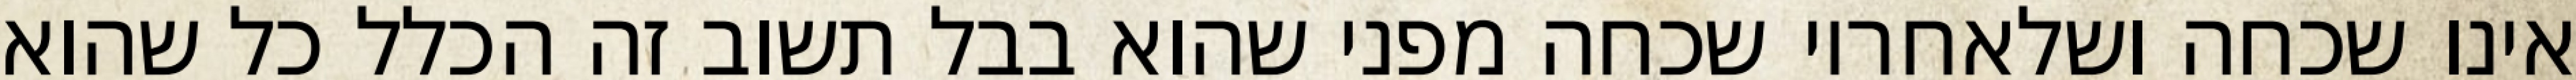
אינו שכחה ושלאחריו שכחה מפני שהוא בבל תשוב זה הכלל כל שהוא